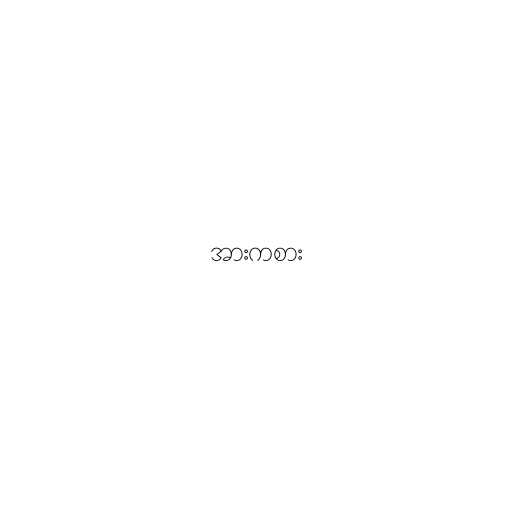
အားကစား